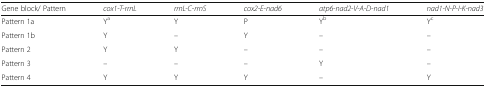
| Gene block/ Pattern | cox1-T-rrnL | rrnL-C-rrnS | cox2-E-nad6 | atp6-nad2-V-A-D-nad1 | nad1-N-P-I-K-nad3 |
 | --- | --- | --- | --- | --- | --- |
 | Pattern 1a | Ya | Y | P | Yb | Yc |
 | Pattern 1b | Y | – | Y | – | – |
 | Pattern 2 | Y | Y | – | – | – |
 | Pattern 3 | – | – | – | Y | – |
 | Pattern 4 | Y | Y | Y | – | Y |